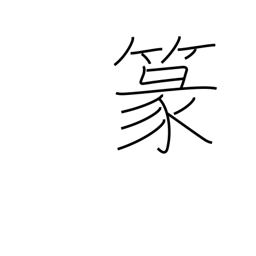
Meaning: seal-style characters